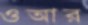
ওআর